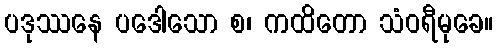
ပဒုဿနေ ပဒေါသော စ၊ ကထိတော သံဝရီမုခေ။